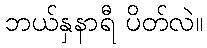
ဘယ်နှနာရီ ပိတ်လဲ။